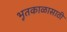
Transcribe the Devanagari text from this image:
भूतकाळासाठी